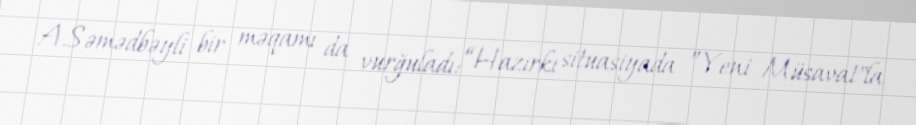
A.Səmədbəyli bir məqamı da vurğuladı: “Hazırkı situasiyada ”Yeni Müsavat"la